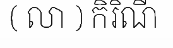
( លា ) កិរិណី